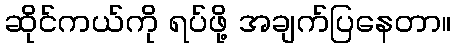
ဆိုင်ကယ်ကို ရပ်ဖို့ အချက်ပြနေတာ။